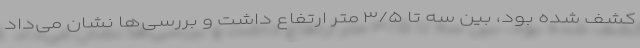
کشف شده بود، بین سه تا ۳/۵ متر ارتفاع داشت و بررسی‌ها نشان می‌داد